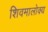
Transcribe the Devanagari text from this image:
शिवमालोक्य